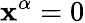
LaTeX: \mathbf{x}^{\alpha}=0